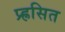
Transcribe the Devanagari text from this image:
प्र्ह्रसित